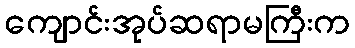
ကျောင်းအုပ်ဆရာမကြီးက